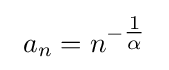
\ a_{n}=n^{-{\tfrac {1}{\alpha }}}\